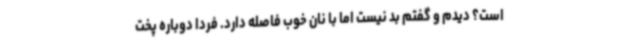
است؟ دیدم و گفتم بد نیست اما با نان خوب فاصله دارد. فردا دوباره پخت